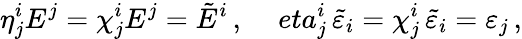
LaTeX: \eta_{j}^{i}E^{j}=\chi_{j}^{i}E^{j}=\tilde{E}^{i}\, ,\ \ \ \ \, eta_{j}^{i}\, \tilde{\varepsilon}_{i}=\chi_{j}^{i}\, \tilde{\varepsilon}_{i}=\varepsilon_{j}\, ,